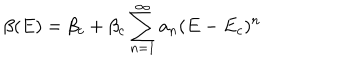
LaTeX: \beta ( E ) = \beta _ { c } + \beta _ { c } \sum _ { n = 1 } ^ { \infty } a _ { n } ( E - E _ { c } ) ^ { n }